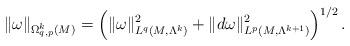
LaTeX: \begin{align*}\|\omega\|_{\Omega_{q,p}^{k}(M)}=\left(\|\omega\|_{L^{q}(M,\Lambda^{k})}^{2}+\|d\omega\|_{L^{p}(M,\Lambda^{k+1})}^{2}\right)^{1/2}.\end{align*}